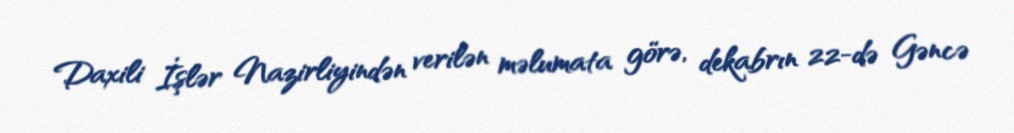
Daxili İşlər Nazirliyindən verilən məlumata görə, dekabrın 22-də Gəncə